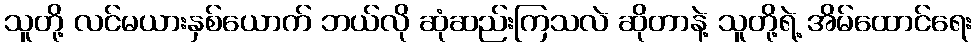
သူတို့ လင်မယားနှစ်ယောက် ဘယ်လို ဆုံဆည်းကြသလဲ ဆိုတာနဲ့ သူတို့ရဲ့ အိမ်ထောင်ရေး